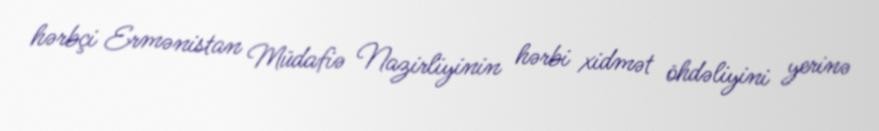
hərbçi Ermənistan Müdafiə Nazirliyinin hərbi xidmət öhdəliyini yerinə